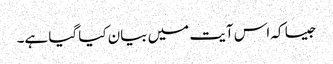
جیسا کہ اس آیت میں بیان کیا گیا ہے۔